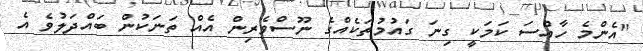
"އެންމެ ހާއްސަ ކަމަކީ ގިނަ ގައުމުތަކެއްގެ ނޫސްވެރިން އެއް ތަނަކުން ބައްދަލުވެ އެ